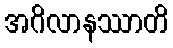
အဂိလာနဿာတိ